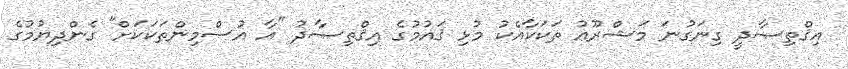
އިޤްތިޞާދީ ގިނަގުނަ މަޝްރޫޢު ތަކަކާއެކު މުޅި ޤައުމުގެ އިޤްތިޞާދު "އާ އުސްމިންތަކަކަށް" ގެންދިޔުމުގެ